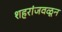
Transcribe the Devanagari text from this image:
शहरांजवळून